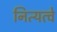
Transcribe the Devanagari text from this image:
नित्यत्वे